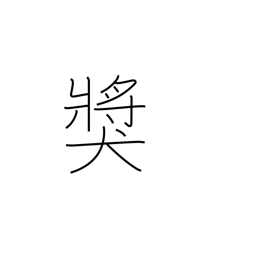
Meaning: prize